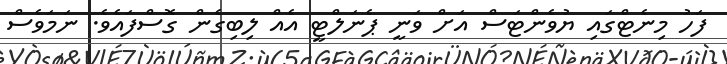
ފަހު މިނެޓްގައި ޔުވެންޓަސް އަށް ވަނީ ޕެނަލްޓީ އެއް ލިބިގެން ގޮސްފައެވެ. ނަމަވެސް